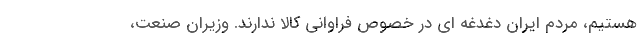
هستیم، مردم ایران دغدغه ای در خصوص فراوانی کالا ندارند. وزیران صنعت،